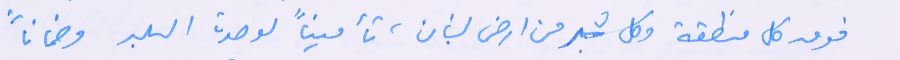
فوق كل منطقة وكل شبر من ارض لبنان، تأميناً لوحدة البلد وضماناً